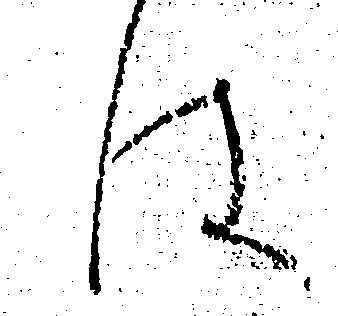
は